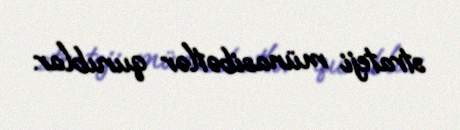
strateji münasibətlər qurublar.